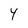
Character: Y